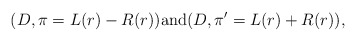
\begin{align*}(D, \pi= L(r) - R(r)) \mbox{and} (D, \pi'=L(r) + R(r)),\end{align*}